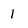
Character: 1